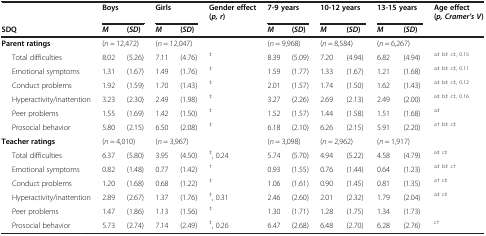
<table><thead><tr><td><b> </b></td><td colspan="2"><b>Boys</b></td><td colspan="2"><b>Girls</b></td><td><b>Gender effect (<i>p, r </i>)</b></td><td colspan="2"><b>7-9 years</b></td><td colspan="2"><b>10-12 years</b></td><td colspan="2"><b>13-15 years</b></td><td><b>Age effect (<i>p, Cramer’s V </i>)</b></td></tr><tr><td><b>SDQ</b></td><td><b><i>M</i></b></td><td><b>(<i>SD </i>)</b></td><td><b><i>M</i></b></td><td><b>(<i>SD </i>)</b></td><td><b> </b></td><td><b><i>M</i></b></td><td><b>(<i>SD </i>)</b></td><td><b><i>M</i></b></td><td><b>(<i>SD </i>)</b></td><td><b><i>M</i></b></td><td><b>(<i>SD </i>)</b></td><td><b> </b></td></tr></thead><tbody><tr><td><b>Parent ratings</b></td><td colspan="2">(<i>n</i> = 12,472)</td><td colspan="2">(<i>n</i> = 12,047)</td><td> </td><td colspan="2">(<i>n</i> = 9,968)</td><td colspan="2">(<i>n</i> = 8,584)</td><td colspan="2">(<i>n</i> = 6,267)</td><td> </td></tr><tr><td>Total difficulties</td><td>8.02</td><td>(5.26)</td><td>7.11</td><td>(4.76)</td><td><sup>‡</sup></td><td>8.39</td><td>(5.09)</td><td>7.20</td><td>(4.94)</td><td>6.82</td><td>(4.94)</td><td><sup>a‡ b‡ c‡, 0.15</sup></td></tr><tr><td>Emotional symptoms</td><td>1.31</td><td>(1.67)</td><td>1.49</td><td>(1.76)</td><td><sup>‡</sup></td><td>1.59</td><td>(1.77)</td><td>1.33</td><td>(1.67)</td><td>1.21</td><td>(1.68)</td><td><sup>a‡ b‡ c‡, 0.11</sup></td></tr><tr><td>Conduct problems</td><td>1.92</td><td>(1.59)</td><td>1.70</td><td>(1.43)</td><td><sup>‡</sup></td><td>2.01</td><td>(1.57)</td><td>1.74</td><td>(1.50)</td><td>1.62</td><td>(1.43)</td><td><sup>a‡ b‡ c‡, 0.12</sup></td></tr><tr><td>Hyperactivity/inattention</td><td>3.23</td><td>(2.30)</td><td>2.49</td><td>(1.98)</td><td><sup>‡</sup></td><td>3.27</td><td>(2.26)</td><td>2.69</td><td>(2.13)</td><td>2.49</td><td>(2.00)</td><td><sup>a‡ b‡ c‡, 0.16</sup></td></tr><tr><td>Peer problems</td><td>1.55</td><td>(1.69)</td><td>1.42</td><td>(1.50)</td><td><sup>‡</sup></td><td>1.52</td><td>(1.57)</td><td>1.44</td><td>(1.58)</td><td>1.51</td><td>(1.68)</td><td><sup>a‡</sup></td></tr><tr><td>Prosocial behavior</td><td>5.80</td><td>(2.15)</td><td>6.50</td><td>(2.08)</td><td><sup>‡</sup></td><td>6.18</td><td>(2.10)</td><td>6.26</td><td>(2.15)</td><td>5.91</td><td>(2.20)</td><td><sup>a† b‡ c‡</sup></td></tr><tr><td><b>Teacher ratings</b></td><td colspan="2">(<i>n</i> = 4,010)</td><td colspan="2">(<i>n</i> = 3,967)</td><td> </td><td colspan="2">(<i>n</i> = 3,098)</td><td colspan="2">(<i>n</i> = 2,962)</td><td colspan="2">(<i>n</i> = 1,917)</td><td> </td></tr><tr><td>Total difficulties</td><td>6.37</td><td>(5.80)</td><td>3.95</td><td>(4.50)</td><td><sup>‡</sup>, 0.24</td><td>5.74</td><td>(5.70)</td><td>4.94</td><td>(5.22)</td><td>4.58</td><td>(4.79)</td><td><sup>a‡ c‡</sup></td></tr><tr><td>Emotional symptoms</td><td>0.82</td><td>(1.48)</td><td>0.77</td><td>(1.42)</td><td><sup>†</sup></td><td>0.93</td><td>(1.55)</td><td>0.76</td><td>(1.44)</td><td>0.64</td><td>(1.23)</td><td><sup>a‡ b‡ c†</sup></td></tr><tr><td>Conduct problems</td><td>1.20</td><td>(1.68)</td><td>0.68</td><td>(1.22)</td><td><sup>‡</sup></td><td>1.06</td><td>(1.61)</td><td>0.90</td><td>(1.45)</td><td>0.81</td><td>(1.35)</td><td><sup>a† c‡</sup></td></tr><tr><td>Hyperactivity/inattention</td><td>2.89</td><td>(2.67)</td><td>1.37</td><td>(1.76)</td><td><sup>‡</sup>, 0.31</td><td>2.46</td><td>(2.60)</td><td>2.01</td><td>(2.32)</td><td>1.79</td><td>(2.04)</td><td><sup>a‡ c‡</sup></td></tr><tr><td>Peer problems</td><td>1.47</td><td>(1.86)</td><td>1.13</td><td>(1.56)</td><td><sup>‡</sup></td><td>1.30</td><td>(1.71)</td><td>1.28</td><td>(1.75)</td><td>1.34</td><td>(1.73)</td><td> </td></tr><tr><td>Prosocial behavior</td><td>5.73</td><td>(2.74)</td><td>7.14</td><td>(2.49)</td><td><sup>‡</sup>, 0.26</td><td>6.47</td><td>(2.68)</td><td>6.48</td><td>(2.70)</td><td>6.28</td><td>(2.76)</td><td><sup>c†</sup></td></tr></tbody></table>